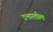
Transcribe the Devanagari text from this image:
उभारतील